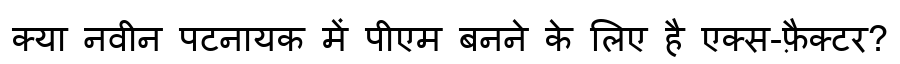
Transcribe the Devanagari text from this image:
क्या नवीन पटनायक में पीएम बनने के लिए है एक्स-फ़ैक्टर?